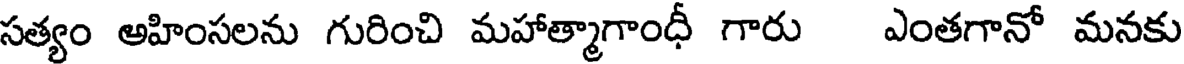
సత్యం అహింసలను గురించి మహాత్మాగాంధీ గారు ఎంతగానో మనకు